38_143685_box_Incident_Summaries_101-172
Agency: Department of War
Page 146
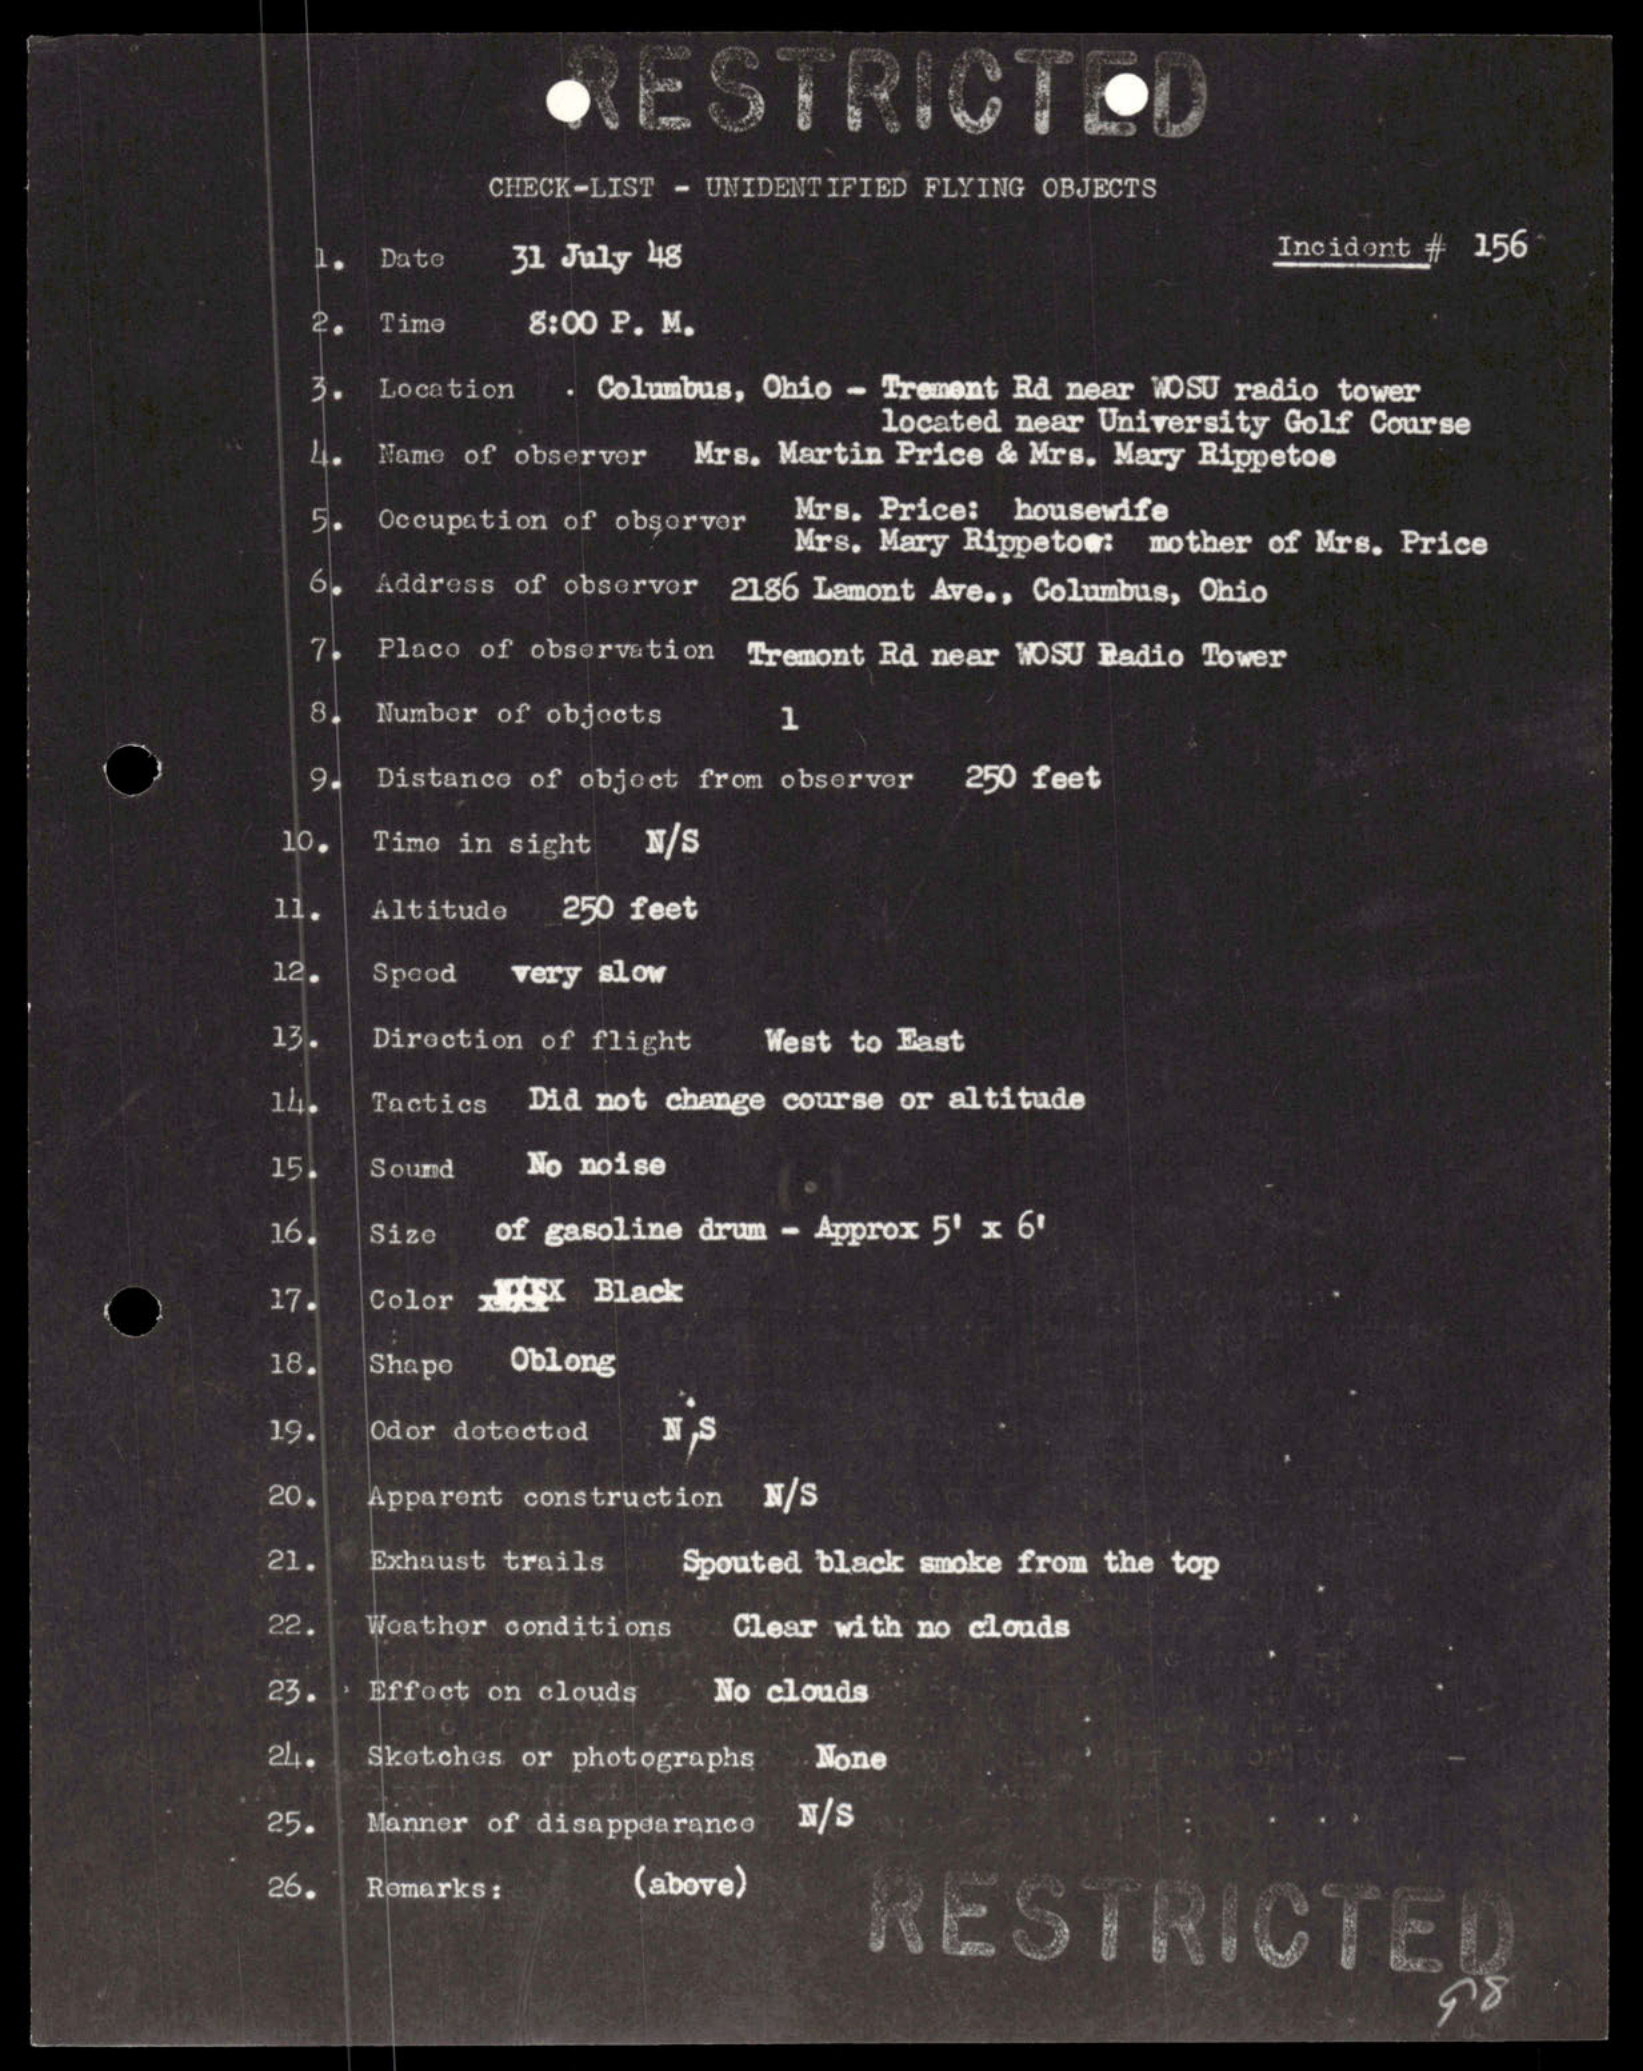